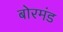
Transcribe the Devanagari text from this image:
बोरमंड